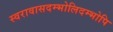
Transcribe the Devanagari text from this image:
स्वरावासदम्भोलिदम्भोपि